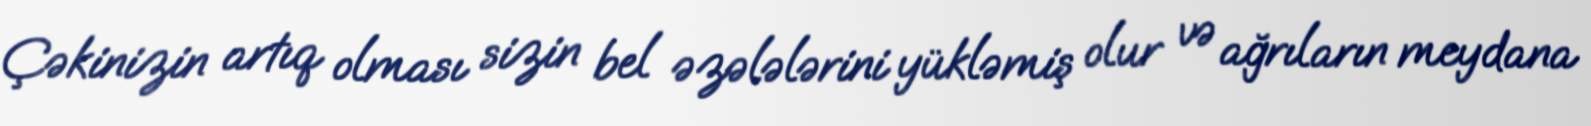
Çəkinizin artıq olması sizin bel əzələlərini yükləmiş olur və ağrıların meydana